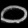
Digit: ၀